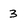
Character: 3